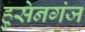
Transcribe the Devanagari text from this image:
हुसेनगंज